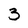
Character: 3